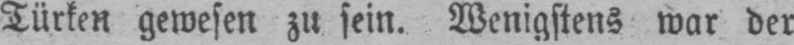
Türken gewesen zu sein. Wenigstens war der